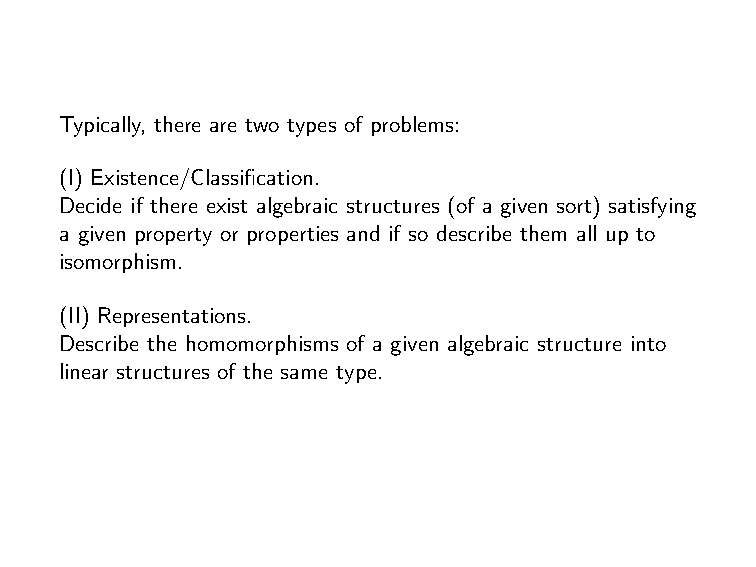
Typically, there are two types of problems:
 (I) Existence/Classification.
 Decide if there exist algebraic structures (of a given sort) satisfying
 a given property or properties and if so describe them all up to
 isomorphism.
 (II) Representations.
 Describe the homomorphisms of a given algebraic structure into
 linear structures of the same type.